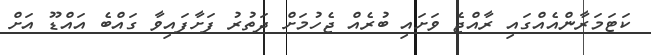
ކަޓަމަރާންއެއްގައި ރާއްޖެ ވަށައި ބުރެއް ޖެހުމަށް ދަތުރު ފަށާފައިވާ ގައްބެ އައްޑޫ އަށް